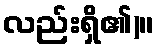
လည်းရှိ၏)။